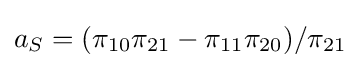
a_{S}=(\pi _{10}\pi _{21}-\pi _{11}\pi _{20})/\pi _{21}